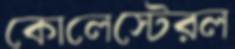
কোলেস্টেরল